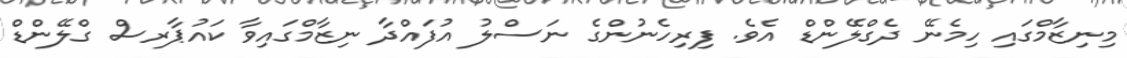
މިނިޒާމްގައި ހިމެނޭ ދެގްލޭންޑް އެވެ. ފިރިހެނުންގެ ނަސްލު އުފައްދާ ނިޒާމްގައިވާ ކައުޕާރސް ގްލޭންޑް